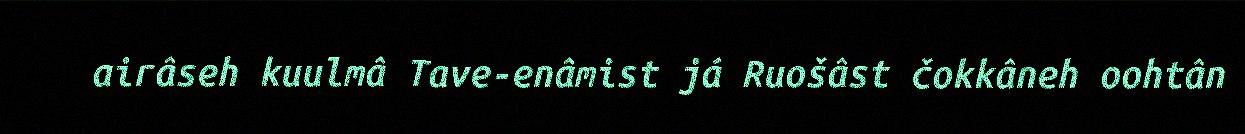
airâseh kuulmâ Tave-enâmist já Ruošâst čokkâneh oohtân